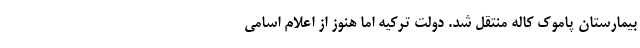
بیمارستان پاموک کاله منتقل شد. دولت ترکیه اما هنوز از اعلام اسامی